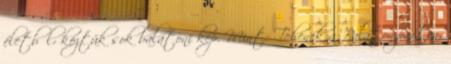
életből: köztük sok balatoni kép. Mint: Tehenek a Balaton-parton,